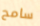
سامح